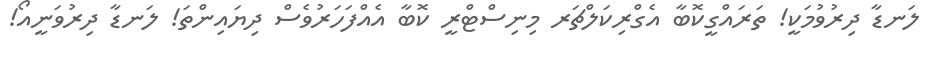
ލަނޑާ ދިރުވުމަކީ! ތަރައްގީކޮބާ އެގްރިކަލްޗަރ މިނިސްޓްރީ ކޮބާ އެއްފަހަރުވެސް ދިޔައިންތަ! ލަނޑާ ދިރުވަނީއޯ!